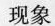
现象